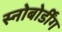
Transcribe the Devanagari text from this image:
स्नोबोर्डींग